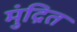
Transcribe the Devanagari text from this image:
मुंद्रित